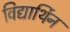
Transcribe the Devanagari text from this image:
विद्यार्थिन